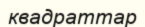
квадраттар